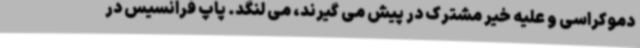
دموکراسی و علیه خیر مشترک در پیش می گیرند، می لنگد. پاپ فرانسیس در